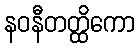
နဝနီတတ္ထိကော